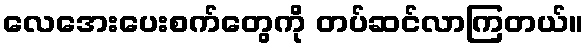
လေအေးပေးစက်တွေကို တပ်ဆင်လာကြတယ်။